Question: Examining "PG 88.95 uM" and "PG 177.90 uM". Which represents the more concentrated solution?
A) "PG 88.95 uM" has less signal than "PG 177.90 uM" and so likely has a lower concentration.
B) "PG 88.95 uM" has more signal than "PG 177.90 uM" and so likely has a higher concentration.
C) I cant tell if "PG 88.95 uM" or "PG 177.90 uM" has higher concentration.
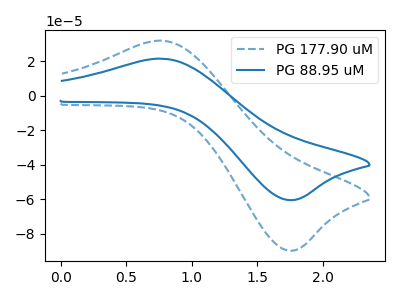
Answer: <think>The blue dashed curve "PG 177.90 uM" has an anodic peak at (0.75V, 31.90uA) and a cathodic peak at (1.80V, -89.90uA). The blue curve "PG 88.95 uM" has an anodic peak at (0.75V, 21.50uA) and a cathodic peak at (1.80V, -60.60uA).
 All the peaks in "PG 88.95 uM" have a peak in "PG 177.90 uM" at the same potential. Every peak in "PG 88.95 uM" is lower than every peak in "PG 177.90 uM".</think>
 <answer>A) "PG 88.95 uM" has less signal than "PG 177.90 uM" and so likely has a lower concentration.</answer>
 <eval>A</eval>